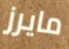
مايرز